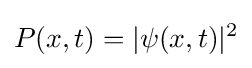
P(x,t)=|\psi (x,t)|^{2}